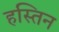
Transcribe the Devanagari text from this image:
हस्तिन